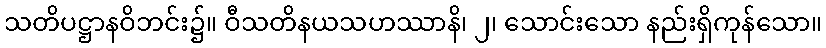
သတိပဋ္ဌာနဝိဘင်း၌။ ဝီသတိနယသဟဿာနိ၊ ၂၊ သောင်းသော နည်းရှိကုန်သော။